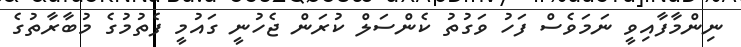
ނިންމާފާއިވީ ނަމަވެސް ފަހު ވަގުތު ކެންސަލް ކުރަން ޖެހުނީ ގައުމީ ފެތުމުގެ މުބާރާތުގެ